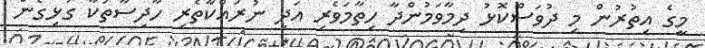
މީގެ އިތުރުން މި ދުވަސްކޮޅު ދިމާވަމުންދާ ހިތާމަވެރި އަދި ނުރައްކާތެރި ހާދިސާތަކާ ގުޅިގެން